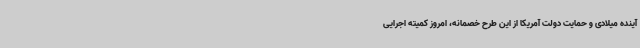
آینده میلادی و حمایت دولت آمریکا از این طرح خصمانه، امروز کمیته اجرایی